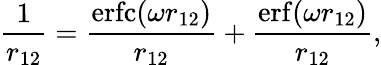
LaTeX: \frac{1}{r_{12}}=\frac{\mathrm{erfc}(\omega r_{12})}{r_{12}}+\frac{\mathrm{erf}(\omega r_{12})}{r_{12}},